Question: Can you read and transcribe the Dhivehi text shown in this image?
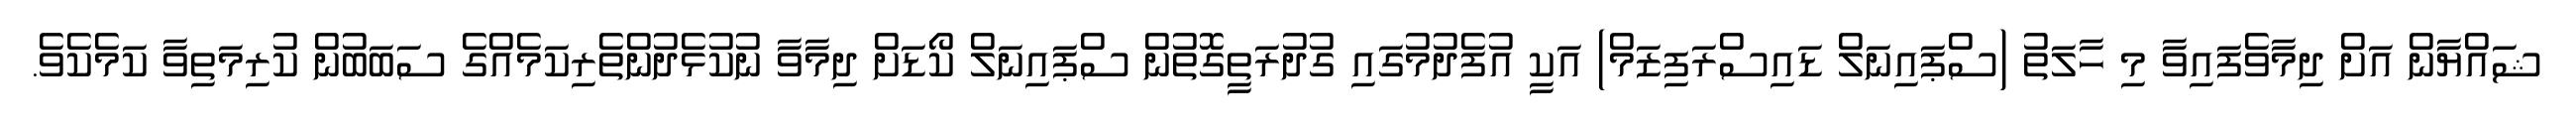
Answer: ޝައްޔާން އަށް ދިމާވެފައިވާ މި ހާލަތު (ސްޕައިނަލް ޑައިސްރަފިޒަމް) އަކީ އުފެދުމުގައި ގުދުރަތީގޮތުން ސްޕައިނަލް ކޯޑަށް ދިމާވާ ނުކުޅެދުންތެރިކަމެއްގެ ސަބަބުން ކުރިމަތިވާ ކަމެކެވެ.